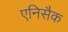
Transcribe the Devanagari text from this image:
एनिसैक